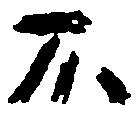
不